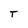
Character: T